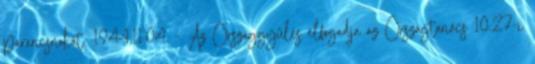
parancsnokát. 1944.11.04. - Az Országgyûlés elfogadja az Országtanács 10.27-i